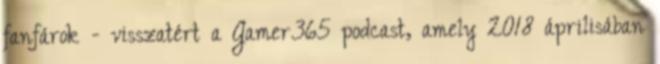
fanfárok - visszatért a Gamer365 podcast, amely 2018 áprilisában